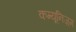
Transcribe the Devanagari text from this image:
कम्यूनिज़्म